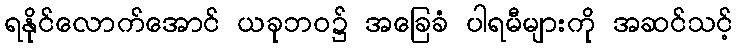
ရနိုင်လောက်အောင် ယခုဘဝ၌ အခြေခံ ပါရမီများကို အဆင်သင့်